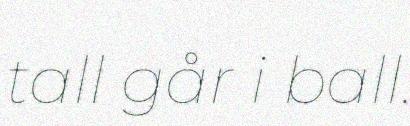
tall går i ball.